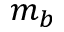
m _ { b }